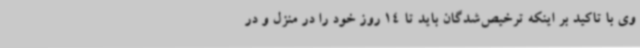
وی با تاکید بر اینکه ترخیص‌شدگان باید تا 14 روز خود را در منزل و در